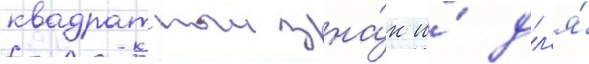
квадратныи зна́к и́ дл'я́